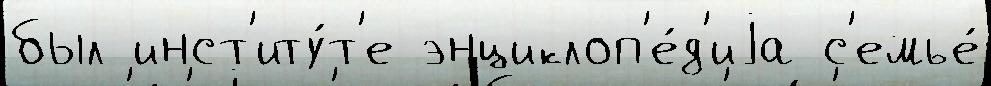
был инст'иту́т'е энциклоп'е́д'иjа с'емье́